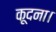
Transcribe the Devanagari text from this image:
कूदना।